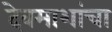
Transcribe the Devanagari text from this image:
देवमाशांचा